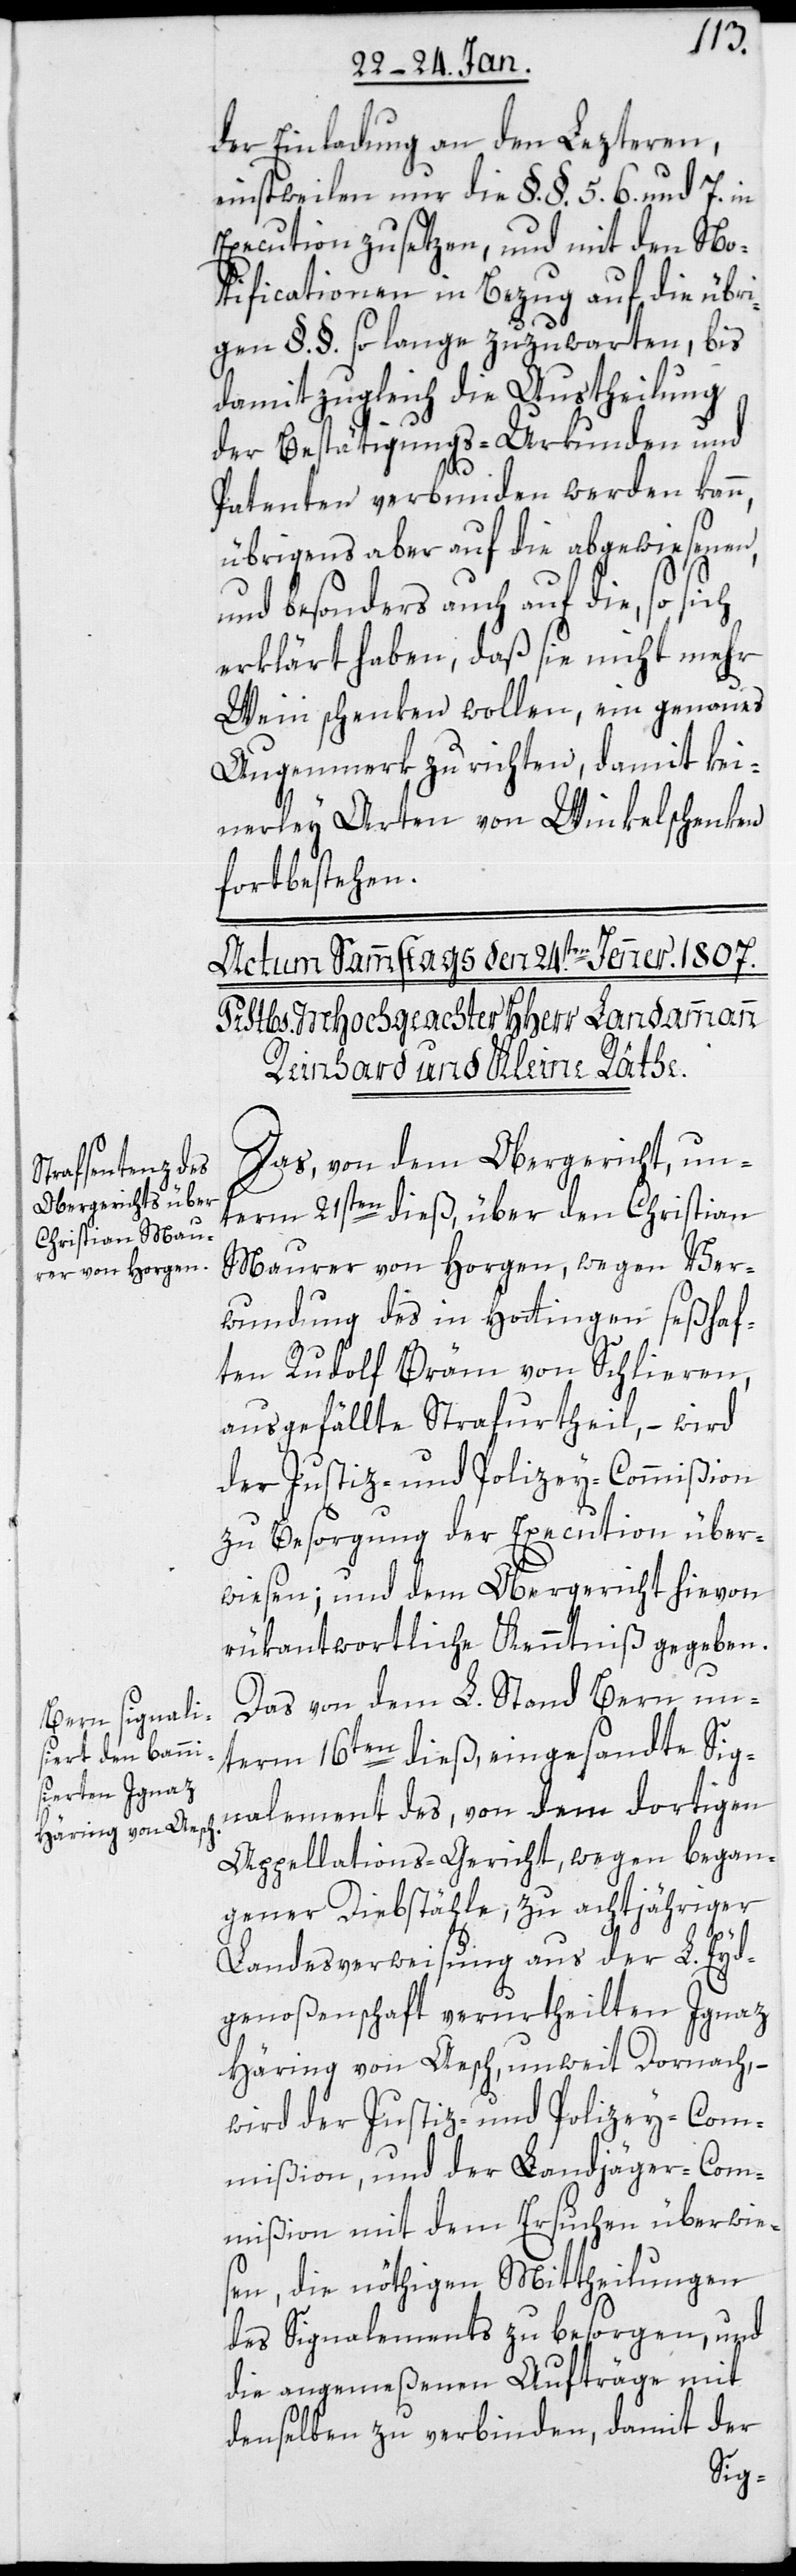
der Einladung an den Lezteren,
einstweilen nur die §.§. 5. 6. und 7. in
Execution zu setzen, und mit den Mo¬
dificationen in Bezug auf die übri¬
gen §.§. so lange zuzuwarten, bis
damit zugleich die Austheilung
der Bestätigungs-Urkunden und
Patenten verbunden werden kan¬
übrigens aber auf die abgewiesenen,
und besonders auch auf die, so sich
erklärt haben, daß sie nicht mehr
Wein schenken wollen, ein genaues
Augenmerk zu richten, damit kei¬
nerley Arten von Winkelschenken
fortbestehen.
Das von dem Obergericht un¬
term 21sten dieß, über den Christian
Maurer von Horgen, wegen Ver¬
wundung des in Hottingen seßhaf¬
n,
ten Rudolf Bräm von Schlieren,
ausgefällte Strafurtheil, – wird
der Justiz- und Polizey-Commißion
zu Besorgung der Execution über¬
wiesen; und dem Obergericht hievon
rükantwortliche Kenntniß gegeben.
Das von dem L. Stand Bern un¬
term 16ten dieß, eingesandte Sig¬
nalement des, von dem dortigen
Appellationsgericht, wegen began¬
gener Diebstähle, zu achtjähriger
Landesverweisung aus der L. Eyd¬
genoßenschaft verurtheilten Ignaz
Häring von Aesch, unweit Dornach, –
wird der Justiz- und Polizey-Com¬
mißion und der Landjäger-Com¬
mißion mit dem Ersuchen überwie¬
sen, die nöthigen Mittheilungen
des Signalements zu besorgen, und
die angemeßenen Aufträge mit
denselben zu verbinden, damit der